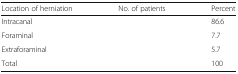
<table><thead><tr><td><b>Location of herniation</b></td><td><b>No. of patients</b></td><td><b>Percent</b></td></tr></thead><tbody><tr><td>Intracanal</td><td>[EMPTY_CELL]</td><td>86.6</td></tr><tr><td>Foraminal</td><td>[EMPTY_CELL]</td><td>7.7</td></tr><tr><td>Extraforaminal</td><td>[EMPTY_CELL]</td><td>5.7</td></tr><tr><td>Total</td><td>[EMPTY_CELL]</td><td>100</td></tr></tbody></table>